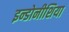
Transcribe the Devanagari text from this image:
इन्डोनीशिया